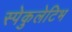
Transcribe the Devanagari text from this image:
स्पेकुलेटिभ